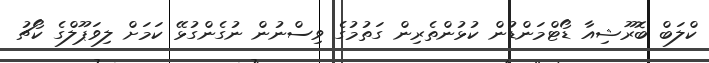
ކްލަބް ބޮރޫޝިއާ ޑޯޓްމަންޑުން ކުޅުންތެރިން ގަތުމުގެ ވިސްނުން ނުގެންގުޅޭ ކަމަށް ލިވަޕޫލްގެ ކޯޗު